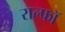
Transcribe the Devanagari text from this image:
राल्फॉ